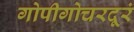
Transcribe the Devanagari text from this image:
गोपीगोचरदूरं